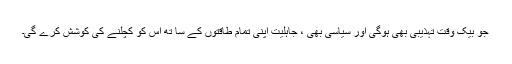
جو بیک وقت تہذیبی بھی ہوگی اور سیاسی بھی ، جاہلیت اپنی تمام طاقتوں کے سا تھ اس کو کچلنے کی کوشش کرے گی۔